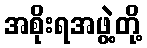
အစိုးရအဖွဲ့တို့